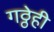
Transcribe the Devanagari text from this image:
गठ्ठेही